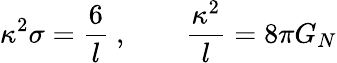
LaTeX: \kappa^{2}\sigma={\frac{6}{l}}\ ,\qquad{\frac{\kappa^{2}}{l}}=8\pi G_{N}